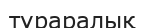
тураралық